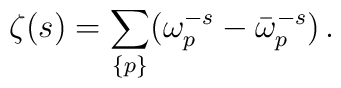
\zeta (s)=\sum_{\{p\}}(\omega_p^{-s}-\bar {\omega}_p^{-s})\,{.}